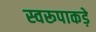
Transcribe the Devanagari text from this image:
स्वरूपाकड़े